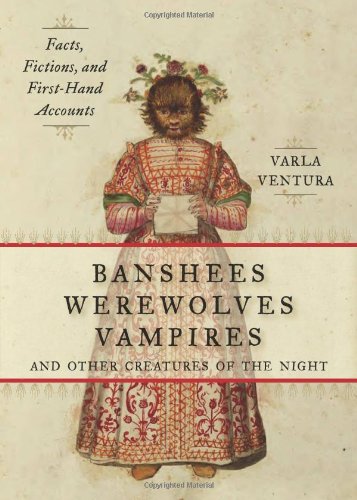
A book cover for Banshees, Werewolves, Vampires, and Other Creatures of the Night: Facts, Fictions, and First-Hand Accounts; Varla Ventura; Religion & Spirituality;